Civil Veterinary Dept. Assam report 1927-50 - 1927-1950
Year: 1927
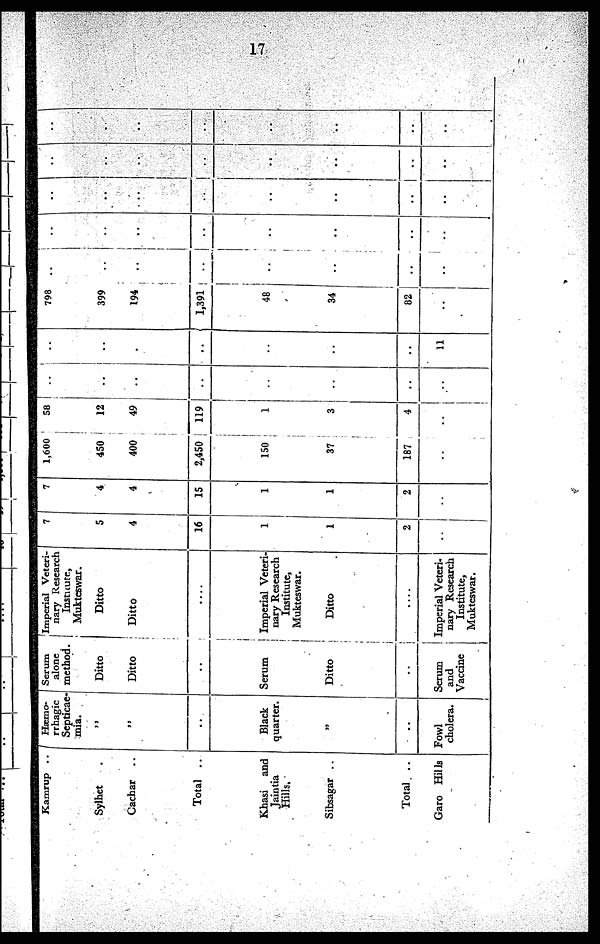
17
Kamrup ..
Sylhet .
Cachar ..
Total ..
Khasi and
Jaintia
Hills.
Sibsagar ..
Total ..
Garo Hills
Hæmo-
rrhagic
Scpticae-
mia.
„
„
..
Black
quarter.
„
..
Fowl
cholera.
Serum
alone
method.
Ditto
Ditto
..
Serum
Ditto
..
Serum
and
Vaccine
Imperial Veteri-
nary Research
Institute,
Mukteswar.
Ditto
Ditto
....
Imperial Veteri-
nary Research
Institute,
Mukteswar.
Ditto
....
Imperial Veteri-
nary Research
Institute,
Mukteswar.
7
5
4
16
1
1
2
..
7
4
4
15
1
1
2
..
,600
450
400
2,450
150
37
187
..
58
12
49
119
1
3
..
..
..
..
..
..
..
..
..
..
..
..
.
..
..
..
..
11
798
399
194
1,391
48
34
82
..
..
..
..
..
..
..
..
..
..
..
..
..
..
..
..
..
..
..
..
..
..
..
..
..
..
..
..
..
..
..
..
..
..
..
..
..
..
..
..
..